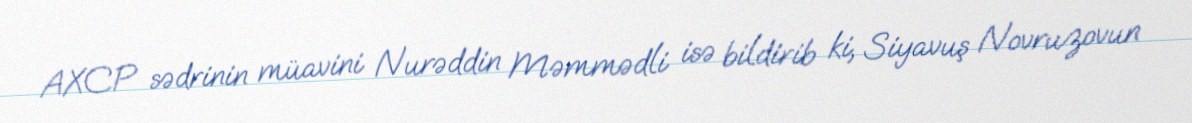
AXCP sədrinin müavini Nurəddin Məmmədli isə bildirib ki, Siyavuş Novruzovun